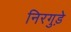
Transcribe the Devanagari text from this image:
निरगुड़े